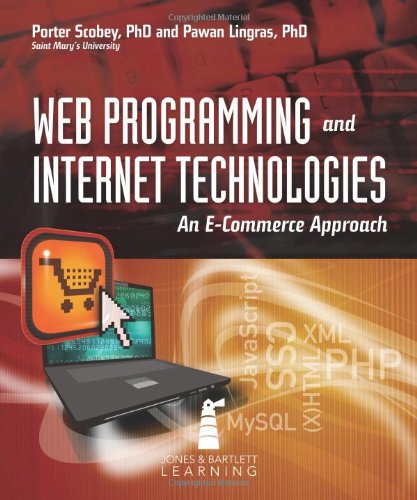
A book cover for Web Programming And Internet Technologies: An E-Commerce Approach; Porter Scobey; Computers & Technology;